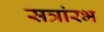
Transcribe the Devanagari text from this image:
सत्रांरभ